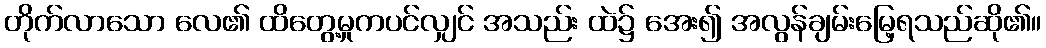
တိုက်လာသော လေ၏ ထိတွေ့မှုကပင်လျှင် အသည်း ထဲ၌ အေး၍ အလွန်ချမ်းမြေ့ရသည်ဆို၏။